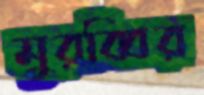
মুরব্বির